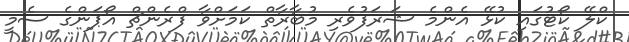
ކްލޭ ކޯޓުގައި ކުޅޭ އެންމެ ޝަރަފުވެރި މުބާރާތް ކަމަށްވާ ފްރެންޗް އޯޕަންގެ ސެމީ